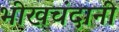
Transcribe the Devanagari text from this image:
भीखचंदानी